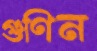
গুণিন